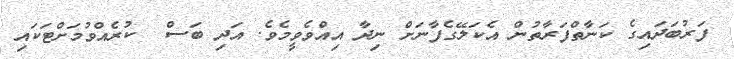
ފަރުބަދައިގެ ކަނާތްފަރާތުން އެކަލޭގެފާނަށް ނިދާ އިއްވެވީމެވެ. އަދި ބަސް  ކުރެއްވުމަށްޓަކައި